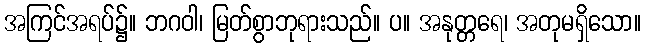
အကြင်အရပ်၌။ ဘဂဝါ၊ မြတ်စွာဘုရားသည်။ ပ။ အနုတ္တရေ၊ အတုမရှိသော။